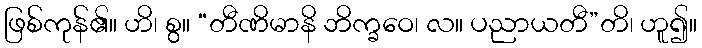
ဖြစ်ကုန်၏။ ဟိ၊ စွ။ “တီဏိမာနိ ဘိက္ခဝေ၊ လ။ ပညာယတီ”တိ၊ ဟူ၍။